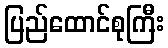
ပြည်ထောင်စုကြီး